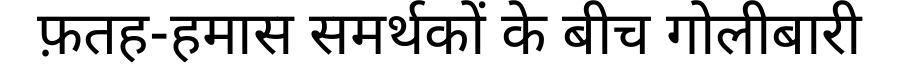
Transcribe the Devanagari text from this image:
फ़तह-हमास समर्थकों के बीच गोलीबारी